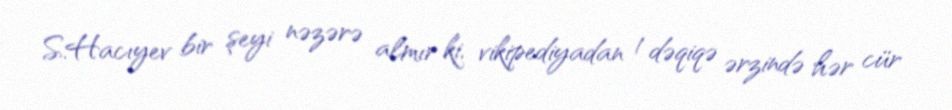
S.Hacıyev bir şeyi nəzərə almır ki, vikipediyadan 1 dəqiqə ərzində hər cür